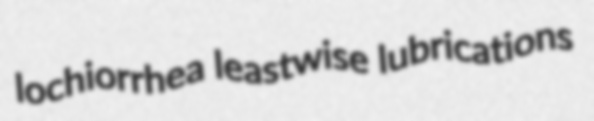
lochiorrhea leastwise lubrications